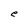
Character: e